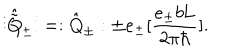
LaTeX: \vdots \hat { \tilde { \mathrm { Q } } } _ { \pm } \vdots = : \hat { \mathrm { Q } } _ { \pm } : \pm e _ { \pm } [ \frac { e _ { \pm } b \mathrm { L } } { 2 { \pi } { \hbar } } ] .